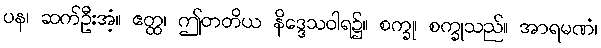
ပန၊ ဆက်ဦးအံ့။ ဧတ္ထ၊ ဤတတိယ နိဒ္ဒေသဝါရ၌။ စက္ခု၊ စက္ခုသည်။ အာရမဏံ၊